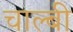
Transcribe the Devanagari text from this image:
चाल्बी